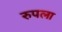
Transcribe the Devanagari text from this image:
रुपला